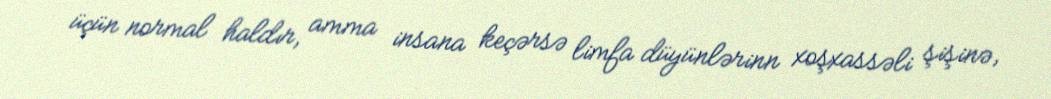
üçün normal haldır, amma insana keçərsə limfa düyünlərinn xoşxassəli şişinə,